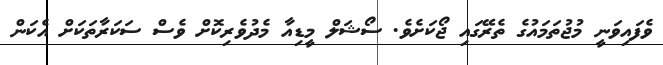
ވެފައިވަނީ މުޖުތަމައުގެ ތެރޭގައި ޖޯކަށެވެ. ސޯޝަލް މީޑިއާ މެދުވެރިކޮށް ވެސް ސަކަރާތަކަށް އެކަން